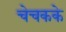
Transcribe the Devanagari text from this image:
चेचकके